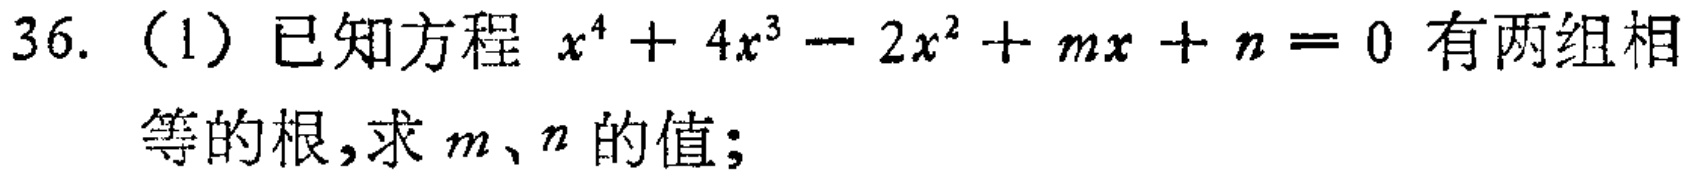
36. （1）已知方程 \(x^{4}+4x^{3}-2x^{2}+mx + n = 0\) 有两组相等的根，求 \(m、n\) 的值；